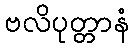
ဗလိပုတ္တာနံ